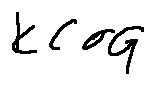
k < \sigma _ { G }